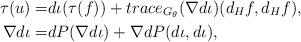
LaTeX: \begin{align*}\tau (u) =& d \iota (\tau (f) ) + trace_{G_\theta} (\nabla d \iota) (d_H f, d_H f), \\\nabla d \iota =& d P ( \nabla d \iota) + \nabla d P (d \iota, d \iota) ,\end{align*}